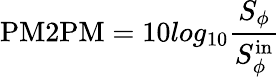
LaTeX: \mathrm{PM2PM}=10log_{10}\frac{S_{\phi}}{S_{\phi}^{\mathrm{in}}}